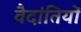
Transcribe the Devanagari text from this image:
वैदांतियों